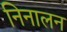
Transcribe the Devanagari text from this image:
निनालन